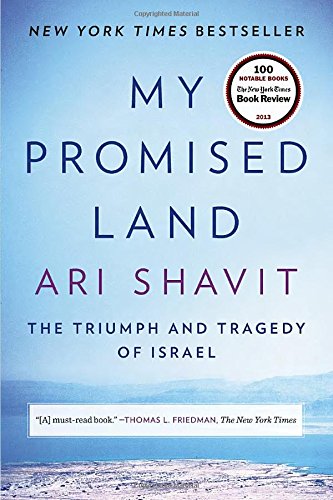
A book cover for My Promised Land: The Triumph and Tragedy of Israel; Ari Shavit; History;